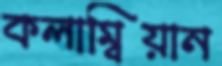
কলাম্বিয়ান